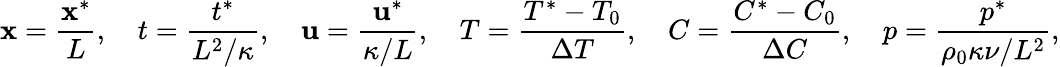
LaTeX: \mathbf{x}=\frac{\mathbf{x}^{*}}{L},\quad t=\frac{t^{*}}{L^{2}/\kappa},\quad\mathbf{u}=\frac{\mathbf{u}^{*}}{\kappa/L},\quad T=\frac{T^{*}-T_{0}}{\Delta T},\quad C=\frac{C^{*}-C_{0}}{\Delta C},\quad p=\frac{p^{*}}{\rho_{0}\kappa\nu/L^{2}},